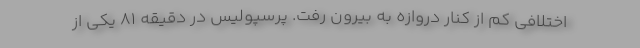
اختلافی کم از کنار دروازه به بیرون رفت. پرسپولیس در دقیقه ۸۱ یکی از